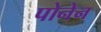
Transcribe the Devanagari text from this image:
पोनेन